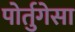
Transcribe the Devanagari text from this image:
पोर्तुगेसा